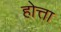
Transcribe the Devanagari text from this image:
होत्ता